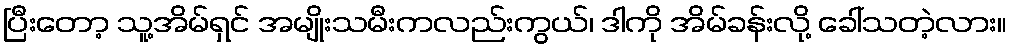
ပြီးတော့ သူ့အိမ်ရှင် အမျိုးသမီးကလည်းကွယ်၊ ဒါကို အိမ်ခန်းလို့ ခေါ်သတဲ့လား။